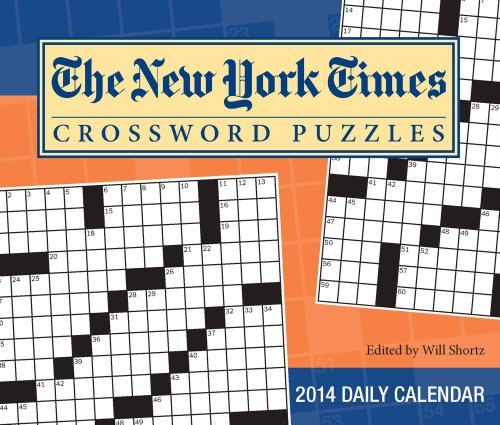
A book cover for The New York Times Crossword Puzzles 2014 Day-to-Day Calendar: Edited by Will Shortz; The New York Times; Calendars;